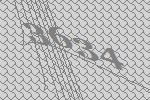
3634